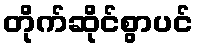
တိုက်ဆိုင်စွာပင်